Vital statistics of India. Vol. VI, European troops 1870-79
Year: 1870
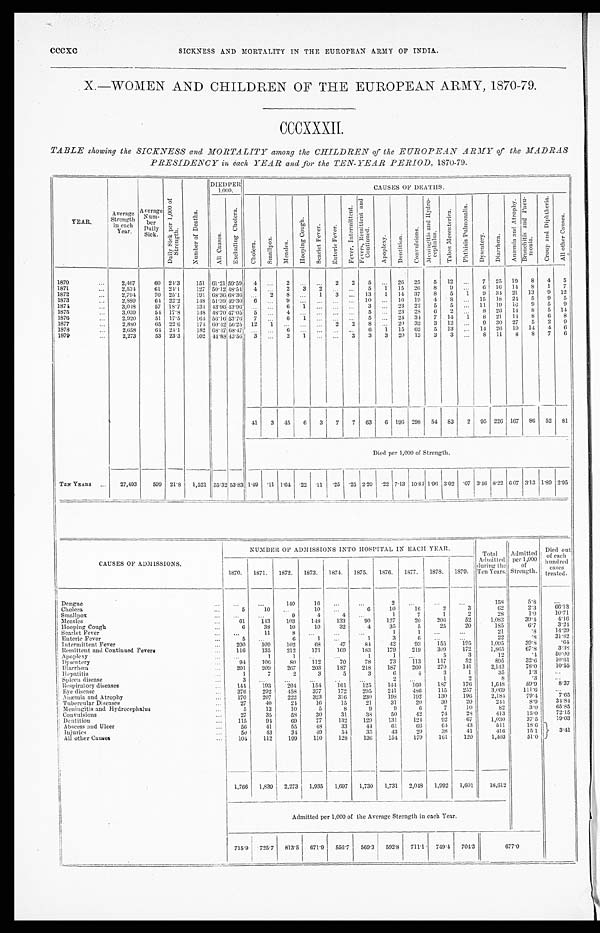
cccxc
SICKNESS AND MORTALITY IN THE EUROPEAN ARMY OF INDIA.
X.—WOMEN AND CHILDREN OF THE EUROPEAN ARMY, 1870-79.
CCCXXXII.
TABLE showing the SICKNESS and MORTALITY among the CHILDREN of the EUROPEAN ARMY of the MADRAS
PRESIDENCY in each YEAR and for the TEN-YEAR PERIOD, 1870-79.
YEAR.
Average
Strength
in each
Year.
Average
Num-
b e r
Daily
Sick.
D a i l y S i c k p e r 1 , 0 0 0 o f
S t r e n g t h .
N u m b e r o f D e a t h s .
DIED PER
1,000.
CAUSES OF DEATHS.
A l l C a u s e s .
E x c l u d i n g C h o l e r a .
C h o l e r a .
S m a l l p o x .
M e a s l e s .
H o o p i n g C o u g h .
S e a r l e t F e v e r .
E n t e r i c F e v e r .
F e v e r , I n t e r m i t t e n t .
F e v e r s , R e m i t t e n t a n d
C o n t i n u e d .
A p o p l e x y .
D e n t i t i o n .
C o n v u l s i o n s .
M e n i n g i t i s a n d H y d r o -
c e p h a l u s .
T a b e s M e s e n t e r i c a .
P h t h i s i s P u l m o n a l i s
D y s e n t e r y .
D i a r r h œ a .
A n æ m i a a n d A t r o p h y .
B r o n c h i t i s a n d P n e u -
mo n i a .
C r o u p a n d D i p h t h e r i a .
A l l o t h e r C a u s e s .
1870
. . .
2,467
60 24.3
151 61.21 59.59
4
... 2
. . .
... 2 2 5 ... 26 25 5 12 ... 7 25 19 8 4 5
1871
. . .
2,534
61 24.1
127 50.12
4 8 . 5 4 4 ... 2 3 2
. . . . . . 5 l 15 26 8 9
. . . 6 16 14 8
1 7
1872
. . .
2,794
70 25.1
191 68.36 68.36
. . . 2 8 ... 1
3 ... 13 1 14 37 8 5
1 9 34 21 13 9
12
1873
. . .
2,880
64 22.2
148 51.39 49.30
6
. . . 9
. . .
. . .
. . . ... 10 ... 16 19 4 8
. . . 15 18 24 5 9 5
1874
. . .
3,048
57 18.7
134 43.96 43.96
. . .
. . . 6 1
. . .
. . . ... 3 ... 23 22 5 5 ... 11 19 16 9 5 9
1875
. . .
3,039
54 17.8
148 48.70 47.05 5 ... 4 ... ... ...
. . . 5
. . . 23 28 6 2
. . . 8 26 14 8 5 14
1876
...
2,920
51 17.5
164 56.16 53.76 7 ...
6 1
. . .
. . . ... 5 ... 24 34 7 14 1 8 21 14 8 6 8
1877
.. .
2,880
65 22.6
174 60.42 56.25 12 1 ...
. . .
. . .
2 2 8 ... 20 32 3 12
. . . 9 30 27 5 2 9
1878
...
2,658
64 24.1
182 68.47 68.47
. . . . . .
6 . . . ...
. . . . . . 6 1 15 62 5 13 ... 14 26 10 14 4 6
1879
...
2,273
53 23.3
102 44.88 43.56
3
. . . 2
1
. . .
... 3 3 3 20 13 3 3 ... 8 11 8
8 7 6
41 3 45 6 3 7 7 63 6 196 298 54 83 2 95 226 167 86 52 81
Died per 1,000 of Strength.
TEN YEARS
. . .
27,493
599 21.8 1,521 55.32 53.83 1.49 .11 1.64 .22
. 1 1 .25 .25 2.29 .22 7.13 10.84 1.96 3.02 .07 3.46 8.22 6.07 3.13 1.89 2.95
CAUSES OF ADMISSIONS.
NUMBER OF ADMISSIONS INTO HOSPITAL IN EACH YEAR.
Total
Admitted
during the
Ten Years.
Admitted
per 1,000
of
Strength.
Died out
of each
hundred
cases
treated.
1870. 1871. 1872. 1873. 1874. 1875. 1876. 1877. 1878. 1879.
D e n g u e
. . .
...
...
140
16 ...
...
2
...
...
...
158
5.8
. . .
Cholera
. . . 5
10 ...
10 ...
6
10
16
2
3
62
2.3
66.13
Smallpox
... ...
...
9
4
4
. . .
1
7
1
2
28
1.0
10.71
Measles
. . . 61
143
103
148
133
90
127
20
2 0 6
52
1,083
39.4 4.16
Hooping Cough
...
6
38
10
10
32
4
35
5
25
20
185
6.7
3. 24
Scarlet Fever
. . .
. . .
11 8
. . . ...
. . .
1
1 ...
. . .
21
.8
14.29
Enteric Fever
...
5
. . .
6
1
. . .
1
3
6
. . .
. . .
22
.8
31.82
Intermittent Fever
...
200
109
102
68
47
84
42
93
155
195
1,095
39.8
.64
Remittent and Continued Fevers
. . . 116
135
212
171
169
183
179
219
309
172
1,865
67.8
3. 38
Apoplexy
. . . . . .
1
1
. . .
. . .
1
1
. . .
5
3
12
.4
50.00
Dysentery
. . . 94
106
80
112
70
78
73
113
117
52
895
32.6
10.61
Diarrhœa
. . . 201
209
267
203
187
218
187
260
270
141
2,143
78.0
10.55
Hepatitis
. . .
1
7
2
3
5
3
6
4
3
1
35
1.3
. . .
Spleen disease
...
3
. . . ...
...
...
...
2
. . .
1
2
8
. 3
...
Respiratory diseases
. . . 144
193
204
154
161
125
144
160
187
176
1,648
59.9
8.37
Eye disease
...
376
292
4 5 8 377
172
295
241
486
115
257
3,069
111.6
...
Anæmia and Atrophy
...
1 7 0 207
222
323
316
230
1 9 8
192
130
196
2,184
79.4
7.65
Tubercular Diseases
. . .
27
40
24
16
15
21
31
20
30
20
244
8.9
34.84
Meningitis and Hydrocephalus
...
5
13
10
5
8
9
9
6
7
10
82
3.0
65.85
Convulsions
...
2 7
35
58
30
31
38
50
42
74
28
413
15.0
72.15
Dentition
...
115
94
69
77
132
129
131
124
92
67
1,030
37.5
19.03
Abscess and Ulcer
. . . 56
41
55
48
33
44
6 1
66
6 4
43
511
18.6
Inj uri es
. . . 50
43
34
49
54
35
43
29
38
41
416
15.1
3.41
All other Causes
. . .
104
112
199
110
128
136
154
179
161
120
1,403
51.0
1,766 1,839 2,273 1,935 1,697 1,730 1,731 2,048 1,992 1,601
18,612
Admitted per 1,000 of the Average Strength in each Year.
715.9 725.7 813.5 671.9 556.7 569.3 592.8 711.1 749.4 704.3
677.0